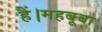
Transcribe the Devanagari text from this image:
हैं।महबूबा